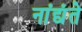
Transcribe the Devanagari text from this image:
नांद्यंते